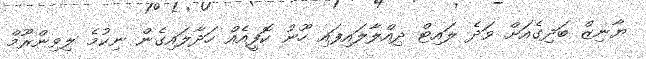
ޔާނިޒް ބަދިގެއަށް ވަދެ ލައިޓް ދިއްލާލައިފައި ހޫނު ކޮފީއެއް ހަދާލައިގެން ނިކުމެ ލިވިންރޫމް